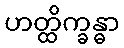
ဟတ္ထိက္ခန္ဓာ